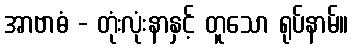
အာဗာဓံ - တုံးလုံးနာနှင့် တူသော ရုပ်နာမ်။